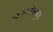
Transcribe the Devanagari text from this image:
आगेनहीलकुंडे